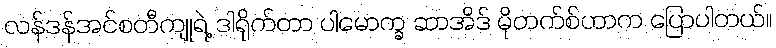
လန်ဒန်အင်စတီကျုရဲ့ ဒါရိုက်တာ ပါမောက္ခ ဆာအိဒ် မိုတက်စ်ဟာက ပြောပါတယ်။